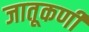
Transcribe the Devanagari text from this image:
जातूकर्णी